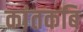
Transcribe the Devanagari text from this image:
कांतकबि